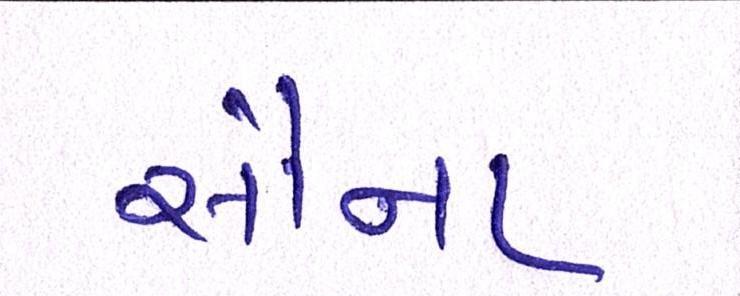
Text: સૌના